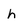
Character: h